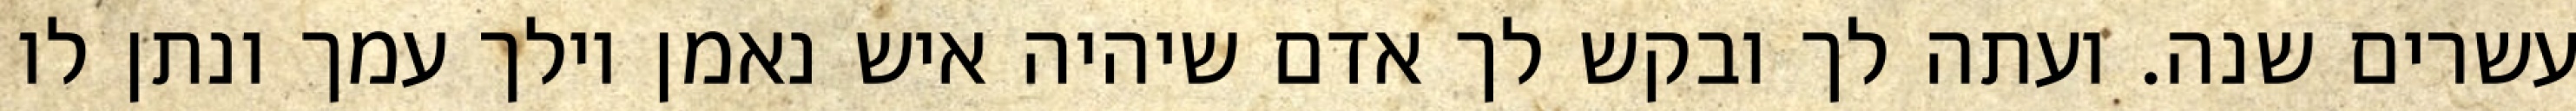
עשרים שנה. ועתה לך ובקש לך אדם שיהיה איש נאמן וילך עמך ונתן לו